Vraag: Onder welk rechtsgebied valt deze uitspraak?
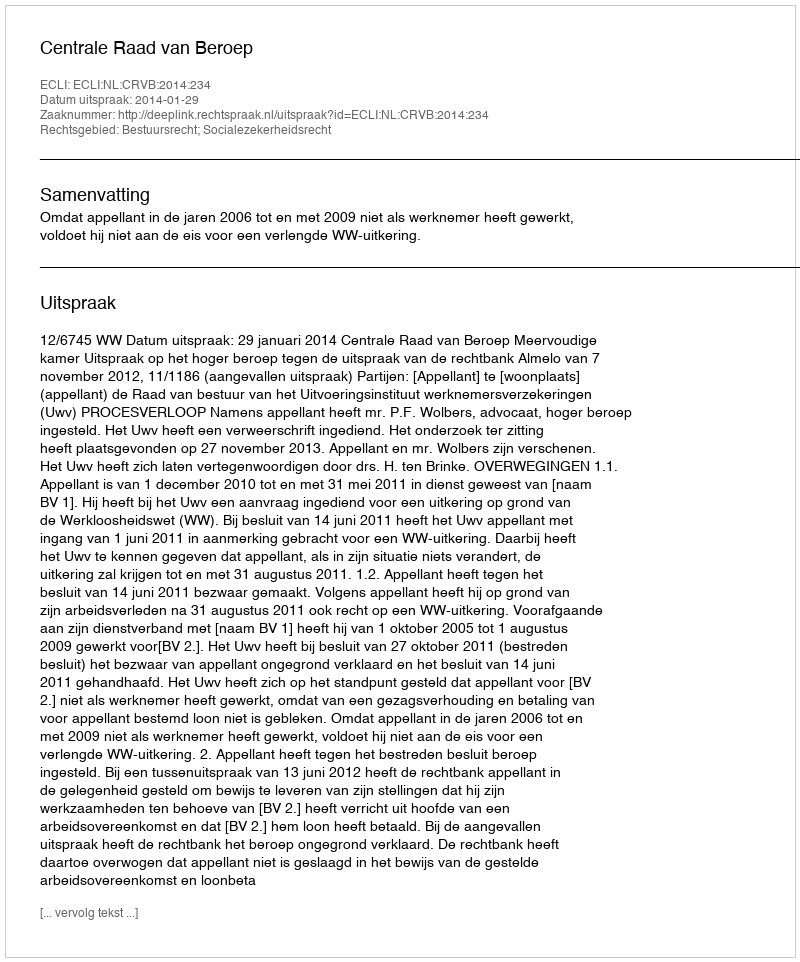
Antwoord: Bestuursrecht; Socialezekerheidsrecht